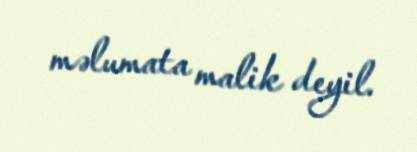
məlumata malik deyil.